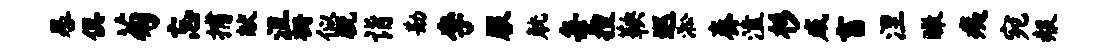
晷俱菊忘捕献沮栅似脱诣勘李服觥每搜鞅巡淞奏溘杉威畜涅瞰痍宛赧